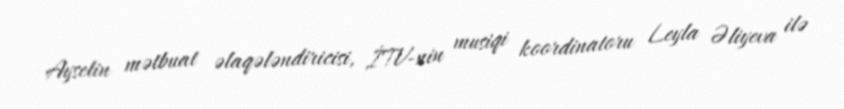
Ayselin mətbuat əlaqələndiricisi, İTV-nin musiqi koordinatoru Leyla Əliyeva ilə